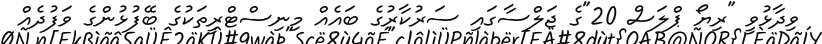
ވިދާޅުވީ "ރިޔޯ ޕްލަސް 20"ގެ ޖަލްސާގައި ސަރުކާރުގެ ބައެއް މިނިސްޓްރީތަކުގެ ބޭފުޅުންގެ ވަފުދެއް